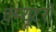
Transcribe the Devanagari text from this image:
क्म्यूटरों